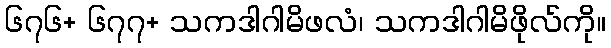
၆၇၆+ ၆၇၇+ သကဒါဂါမိဖလံ၊ သကဒါဂါမိဖိုလ်ကို။